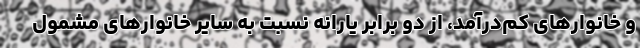
و خانوارهای کم‌درآمد، از دو برابر یارانه نسبت به سایر خانوارهای مشمول